Lunatic asylums Punjab 1881-1894 - 1881-1894
Year: 1881
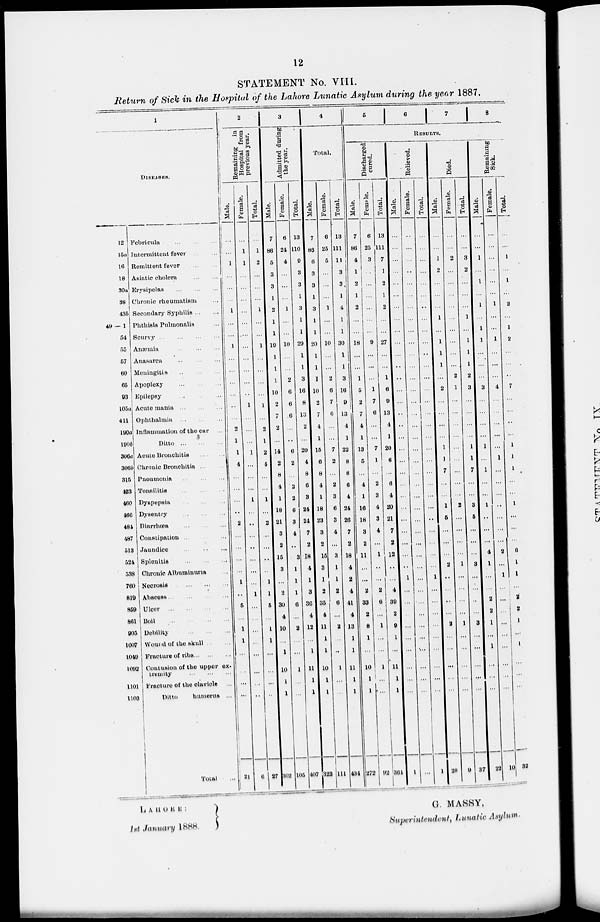
12
STATEMENT No. VIII.
Return of Sick in the Hospital of the Lahore Lunatic Asylum during the year 1887.
1
DISEASES.
12
15a
16
18
30a
38
43b
49 — 1
54
55
57
60
65
93
105a
411
190a
190b
306a
306b
315
423
460
466
484
487
513
524
538
760
819
859
861
905
1007
1049
1092
1101
1103
Febricula
...
...
...
Intermittent fever ... ... ...
Remittent fever ... ... ...
Asiatic cholera
...
...
...
Erysipelas ... ... ...
Chronic rheumatism ... ... ...
Secondary Syphilis ... ... ...
Phthisis Pulmonalis ... ... ...
Scurvy
...
...
...
Anæmia
...
...
...
Anasarca
...
...
...
Meningitis
...
...
...
Apoplexy
...
...
...
Epilepsy ... ... ...
Acute mania
...
...
...
Ophthalmia ... ... ...
Inflammation of the ear ...
Ditto
...
...
...
Acute Bronchitis ... ... ...
Chronic Bronchitis ... ... ...
Pneumouia
...
...
...
Tonsilitis
...
...
...
Dyspepsia ... ... ...
Dysentry
...
...
...
Diarrhœa ... ... ...
Constipation
Jaundice
...
...
...
Splenitis
...
...
...
Chronic Albuminuria ... ... ...
Necrosis
...
...
...
Abscess ... ... ...
Ulcer
...
...
...
Boil ... ... ...
Debility ... ... ...
Wound of the skull ... ... ...
Fracture of ribs ... ... ...
Contusion of the upper ex.
tremity
...
...
...
Fracture of the claviele ... ... ...
Ditto
humerus ... ... ...
Total ...
2
Remaining in
Hospital from
previous year.
Male.
...
...
1
...
...
1
...
...
1
...
...
...
...
..
...
2
1
1
4
...
...
...
...
2
...
...
...
...
1
..
5
...
1
1
...
...
...
...
21
Female.
...
1
1
...
...
...
...
...
....
...
...
...
...
...
1
...
...
...
1
...
...
...
1
...
...
...
...
...
...
...
1
...
...
...
...
...
...
...
...
6
Total.
...
1
2
...
...
...
1
...
...
1
...
...
...
...
1
...
2
1
2
4
...
...
1
...
2
...
...
...
...
1
1
5
...
1
1
...
...
...
...
27
3
Admitted during
the year.
Male.
7
86
5
3
3
1
2
1
1
10
1
1
1
10
2
7
2
...
14
2
8
4
1
18
21
3
2
15
3
...
2
30
4
10
...
1
10
1
1
302
Female.
6
24
4
...
...
...
1
...
...
10
...
...
2
6
6
6
...
..
6
2
...
2
2
6
3
4
...
3
1
1
1
6
...
2
...
...
1
...
...
105
Total.
13
110
9
3
3
1
3
1
1
20
1
1
3
16
8
13
2
...
20
4
8
6
3
24
24
7
2
18
4
1
3
36
4
12
...
1
11
1
1
407
4
Total.
Male.
7
86
6
3
3
1
3
1
1
20
1
1
I
10
2
7
4
1
16
6
8
4
1
18
23
3
2
15
3
1
2
35
4
11
1
1
10
1
1
328
Female.
6
25
5
...
...
...
1
...
...
10
...
...
2
6
7
6
...
...
7
2
...
2
3
6
3
4
...
3
1
1
2
6
...
2
...
..
1
...
...
111
Total.
13
111
11
3
3
1
4
1
1
30
1
1
3
16
9
18
4
1
22
8
8
6
4
24
26
7
2
18
4
2
4
41
4
13
1
1
11
1
1
434
5
6
7
8
RESULTS.
Discharged
cured.
Male.
7
86
4
1
2
1
2
...
...
18
...
...
1
5
2
7
4
1
13
5
...
4
1
16
18
3
2
11
...
...
2
33
2
8
1
...
10
1
1
272
Female.
6
25
3
...
...
...
...
...
...
9
...
...
...
1
7
6
...
...
7
1
...
2
3
4
3
4
...
1
...
...
2
6
...
1
...
...
1
...
...
92
Total.
13
111
7
1
2
1
2
...
...
27
...
...
1
6
9
13
4
1
20
6
...
6
4
20
21
7
2
12
...
...
4
39
2
9
1
...
11
1
1
364
Relived.
Male.
...
...
...
...
...
...
...
...
...
...
...
...
...
...
...
...
...
...
...
...
...
...
...
...
...
...
...
...
..
1
...
...
...
...
...
...
...
...
...
1
Female.
...
...
...
...
...
...
...
...
...
...
...
...
...
...
...
...
...
...
...
...
...
...
...
...
...
...
...
...
...
...
...
...
...
...
...
...
...
...
...
...
Total.
...
...
...
...
...
...
...
...
...
...
...
...
...
...
...
...
...
...
...
...
...
...
...
...
...
...
...
...
...
1
...
...
...
...
...
...
...
...
...
1
Died.
Male.
...
...
1
2
...
...
...
1
...
1
1
1
...
2
...
...
...
...
1
1
7
...
...
1
5
...
...
...
2
...
...
...
...
2
...
...
...
...
...
28
Female.
...
...
2
...
...
...
...
...
...
...
...
...
2
1
...
...
...
...
...
...
...
...
...
2
...
...
...
...
1
...
...
...
...
1
...
...
...
...
...
9
Total.
...
...
3
2
...
...
...
1
...
1
1
1
2
3
...
...
...
...
1
1
7
...
...
3
5
...
...
...
3
...
...
...
...
3
...
...
...
...
...
37
Remaining
Sick.
Male.
...
...
1
...
1
...
l
...
1
l
. ..
...
...
3
...
...
...
...
1
...
1
...
...
1
...
...
...
4
1
...
...
2
2
1
...
1
...
...
...
22
Female.
...
...
...
...
...
...
1
...
...
1
...
...
...
4
...
...
...
...
...
1
...
...
...
...
...
...
...
2
...
1
...
...
...
...
...
...
...
...
...
10
Total.
...
...
1
...
1
...
2
...
1
2
...
...
...
7
...
...
..
...
1
1
1
...
...
1
...
...
...
6
1
1
...
2
2
1
...
1
...
...
...
32
LAHORE :
1st January
1888.
G. MASSY,
Superintendent, Lunatic Asylum.